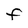
Character: F